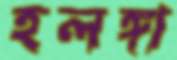
হলঙ্গা